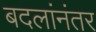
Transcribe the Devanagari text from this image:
बदलांनंतर